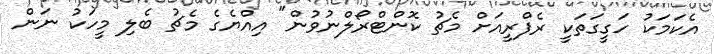
އެކަމަކު ހަގީގަތަކީ ރެފްރީއަށް މެޗު ކޮންޓްރޯލްނުވުން" އިއްޔެގެ މެޗު ބެލި މީހަކު ނަން